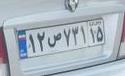
۱۲ص۷۳۱۱۵